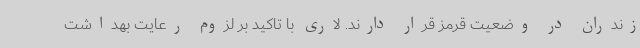
زندران در وضعیت قرمز قرار دارند. لاری با تاکید بر لزوم رعایت بهداشت